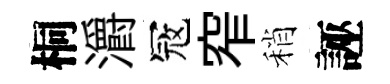
桐灂冦窄稍誣